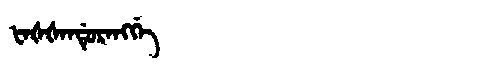
Manchu: ᡶᠠᡧᡧᠠᠨᡩᡠᡵᠠᠩᡤᡝ
Romanization: FAŠŠANDURANGGE